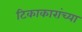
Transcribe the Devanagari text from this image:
टिकाकारांच्या